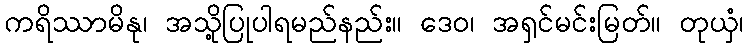
ကရိဿာမိနု၊ အသို့ပြုပါရမည်နည်း။ ဒေဝ၊ အရှင်မင်းမြတ်။ တုယှံ၊